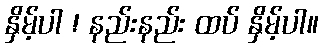
နှိမ့်ပါ ! နည်းနည်း ထပ် နှိမ့်ပါ။